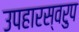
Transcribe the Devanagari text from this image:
उपहारस्वरुप